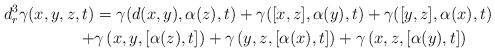
LaTeX: \begin{align*}d_{r}^3\gamma(x,y,z,t)&=\gamma(d(x,y),\alpha(z),t)+\gamma([x,z],\alpha(y),t)+\gamma([y,z],\alpha(x),t)\\+& \gamma\left( x,y,[\alpha(z),t] \right)+\gamma\left( y,z,[\alpha(x),t] \right)+\gamma\left( x,z,[\alpha(y),t] \right)\end{align*}